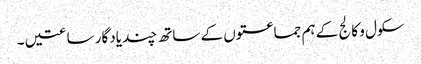
سکول و کالج کے ہم جماعتوں کے ساتھ چند یادگار ساعتیں ۔